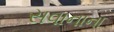
સવાનાના